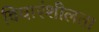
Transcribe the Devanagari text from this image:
विचारंशीलता